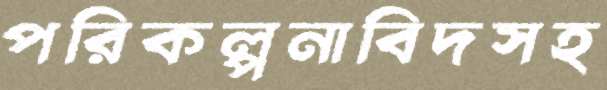
পরিকল্পনাবিদসহ